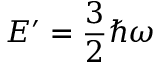
E ^ { \prime } = \frac { 3 } { 2 } \hbar \omega